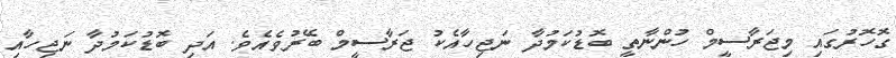
ގޮހޮރުގައި މިޖަރާސީމް ހުންނާތީ ބޮޑުކަމުދާ ނަޖިހާއެކު ޖަރާސީމް ބޭރުވެއެވެ. އަދި ބޮޑުކަމުދާ ނަޖިހާއި